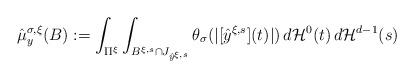
LaTeX: \begin{align*}\hat{\mu}^{\sigma,\xi}_y(B) := \int_{\Pi^\xi} \int_{B^{\xi,s} \cap J_{\hat{y}^{\xi,s}}} \theta_\sigma(|[\hat{y}^{\xi,s}](t) | )\, d{\cal H}^0(t) \, d{\cal H}^{d-1}(s)\end{align*}